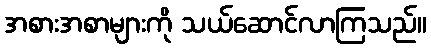
အစားအစာများကို သယ်ဆောင်လာကြသည်။